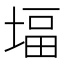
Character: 堛